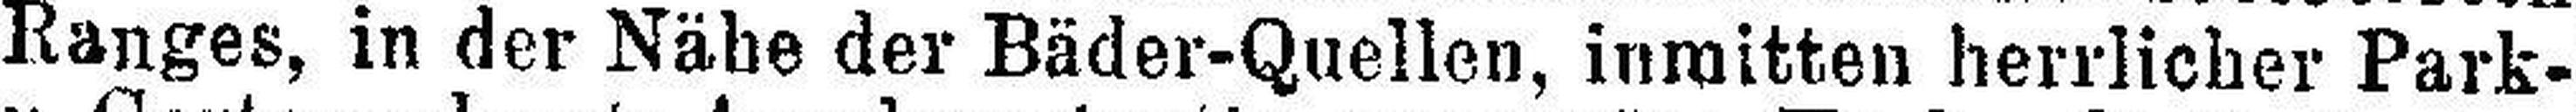
Ranges, in der Nähe der Bäder-Quellen, inmitten herrlicher Park-